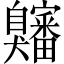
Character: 𫇍